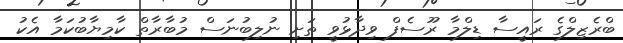
ބްރެޒިލްގެ ރައީސާ ޑިލްމާ ރޫސެފް ވިދާޅުވީ ތަށި ނުލިބުނަސް މުބާރާތް ކާމިޔާބުކަމާ އެކު